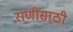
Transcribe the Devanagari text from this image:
राणीसाठी